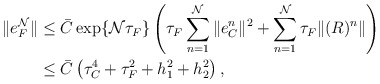
\begin{align*} \|e_F^{\mathcal{N}}\|&\leq \bar{C}\exp\{\mathcal{N}\tau_F\} \left(\tau_F\sum^{\mathcal{N}}_{n=1}\|e_C^n\|^2+ \sum^{\mathcal{N}}_{n=1}\tau_F\|(R)^{n}\|\right) \\ & \leq \bar{C}\left(\tau_C^4+\tau_F^2+h_1^2+h_2^2\right), \end{align*}